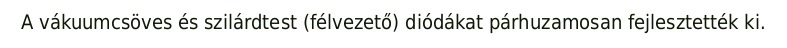
A vákuumcsöves és szilárdtest (félvezető) diódákat párhuzamosan fejlesztették ki.